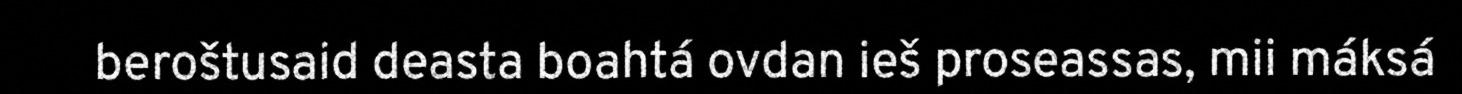
beroštusaid deasta boahtá ovdan ieš proseassas, mii máksá